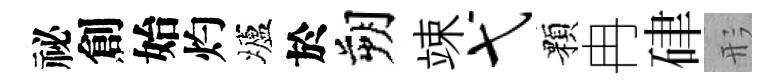
祕創始灼壚於朔竦弋顆冉硉形